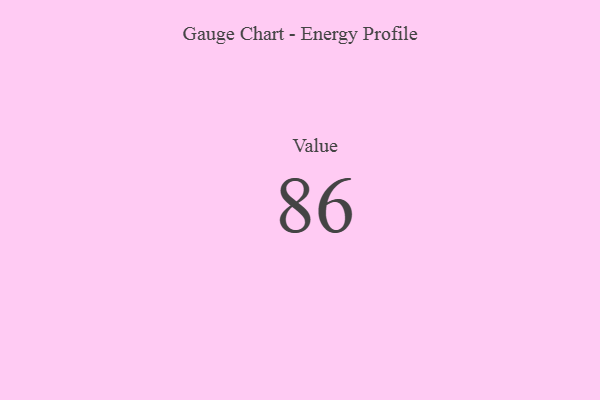
{"axis": {"x": "Metric", "y": "Value"}, "legend": [""], "data": [{"x": "Value", "y": 86, "type": ""}]}